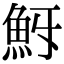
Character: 𩵯